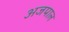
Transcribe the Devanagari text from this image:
अजपाल